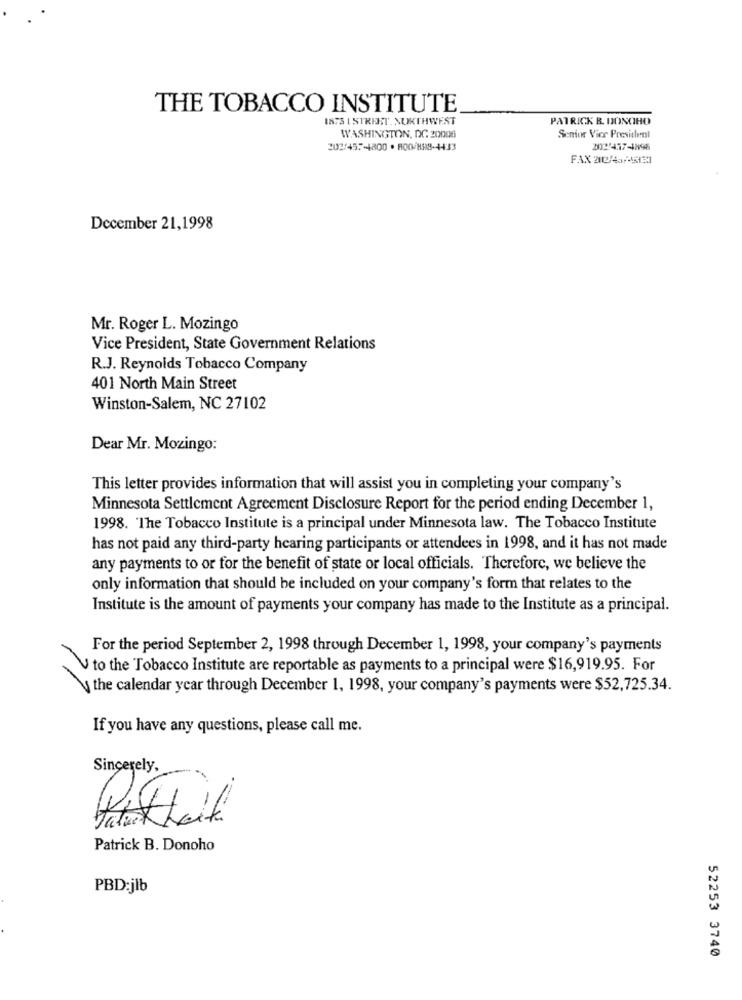
THE TOBACCO INSTITUTE
I878 | STREET. NORTHWEST
PATRICK B. DONCHO
WASHINGTON, DC 20006
Senior Vice President
202/457-4800 . 800/H88-4433
20021417-1895
December 21,1998
Mr. Roger L. Mozingo
Vice President, State Government Relations
R.J. Reynolds Tobacco Company
401 North Main Street
Winston-Salem, NC 27102
Dear Mr. Mozingo:
This letter provides information that will assist you in completing your company's
Minnesota Settlement Agreement Disclosure Report for the period ending December 1,
1998. The Tobacco Institute is a principal under Minnesota law. The Tobacco Institute
has not paid any third-party hearing participants or attendees in 1998, and it has not made
any payments to or for the benefit of state or local officials. Therefore, we believe the
only information that should be included on your company's form that relates to the
Institute is the amount of payments your company has made to the Institute as a principal.
For the period September 2, 1998 through December 1, 1998, your company's payments
V to the Tobacco Institute are reportable as payments to a principal were $16,919.95. For
the calendar year through December 1, 1998, your company's payments were $52,725.34.
If you have any questions, please call me.
Sincerely,
..
-
FaturK
Patrick B. Donoho
PBD:jlb
52253 3740